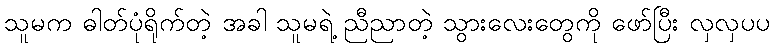
သူမက ဓါတ်ပုံရိုက်တဲ့ အခါ သူမရဲ့ ညီညာတဲ့ သွားလေးတွေကို ဖော်ပြီး လှလှပပ